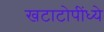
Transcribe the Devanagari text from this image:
खटाटोपींध्ये